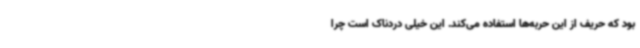
بود که حریف از این حربه‌ها استفاده می‌کند. این خیلی دردناک است چرا